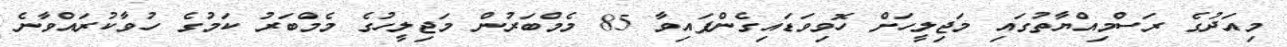
މިއަދުގެ ރަސްމިއްޔާތުގައި މަޖިލީހަށް ހޮވިވަޑައިގެންފައިވާ 85 މެމްބަރުން މަޖިލީހުގެ މެމްބަރު ކަމުގެ ހުވާކުރައްވާނެ